Mental hospitals Bombay report 1921-28 - 1921-1928
Year: 1921
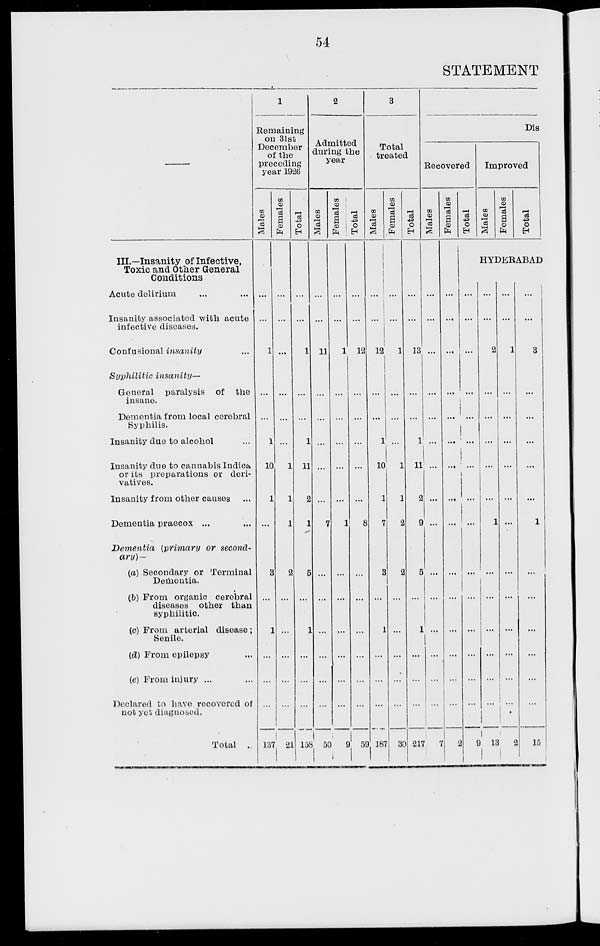
54
STATEMENT
—
III.—Insanity of Infective,
Toxic and Other General
Conditions
Acute delirium ... ...
Insanity associated with acute
infective diseases.
Confusional insanity ...
Syphilitic insanity—
General paralysis of the
insane.
Dementia from local cerebral
Syphilis.
Insanity due to alcohol ...
Insanity due to cannabis Indica
or its preparations or deri-
vatives.
Insanity from other causes ...
Dementia praecox ... ...
Dementia (primary or secondary)—
(a) Secondary or Terminal
Dementia.
(b) From organic cerebral
diseases other than
syphilitic.
(c) From arterial disease;
Senile.
(d) From epilepsy ...
(e) From injury ... ...
Declared to have recovered of
not yet diagnosed.
Total
1
Remaining
on 31st
December
of the
preceding
year 1926
Males
...
...
1
...
...
1
10
1
...
3
...
1
...
...
...
137
Females
...
...
...
...
...
...
1
1
1
2
...
...
...
...
...
21
Total
...
...
1
...
...
1
11
2
1
5
...
1
...
...
...
158
2
Admitted
during the
year
Males
...
...
11
...
...
...
...
...
7
...
...
...
...
...
...
50
Fe ma l
e s
...
...
1
...
...
...
...
...
1
...
...
...
...
...
...
9
Tot al
...
...
12
...
...
...
...
...
8
...
...
...
...
...
...
59
3
Total
treated
Males
...
...
12
...
...
1
10
1
7
3
...
1
...
...
...
187
Females
...
...
1
...
...
...
1
1
2
2
...
...
...
...
...
30
Total
...
...
13
...
...
1
11
2
9
5
...
1
...
...
...
217
Dis
Recovered
Males
...
...
...
...
...
...
...
...
...
...
...
...
...
...
...
7
Females
...
...
...
...
...
...
...
...
...
...
...
...
...
...
...
2
Total
Improved
Males
Females
Total
HYDERABAD
...
...
...
...
...
...
...
...
...
...
...
...
...
...
...
9
...
...
2
...
...
...
...
...
1
...
...
...
...
...
...
13
...
...
1
...
...
...
...
...
...
...
...
...
...
...
...
2
...
...
3
...
...
...
...
...
1
...
...
...
...
...
...
15